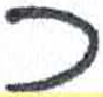
אות: כ